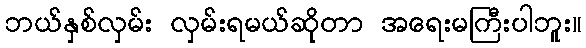
ဘယ်နှစ်လှမ်း လှမ်းရမယ်ဆိုတာ အရေးမကြီးပါဘူး။